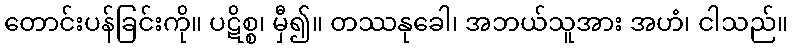
တောင်းပန်ခြင်းကို။ ပဋိစ္စ၊ မှီ၍။ တဿနုခေါ၊ အဘယ်သူအား အဟံ၊ ငါသည်။